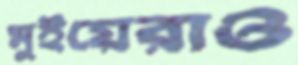
মুইয়েরাও